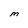
Character: M